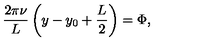
\frac { 2 \pi \nu } { L } \left( y - y _ { 0 } + \frac { L } { 2 } \right) = \Phi ,